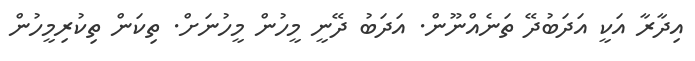
އިދާރާ އަކީ އަދަބުދޭ ތަނެއްނޫން. އަދަބު ދޭނީ މީހުން މީހުނަށް. ތިކަން ތިކުރިމީހުން